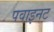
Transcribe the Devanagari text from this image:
पवाइनट